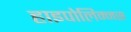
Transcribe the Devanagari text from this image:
हाइपोलिम्नस